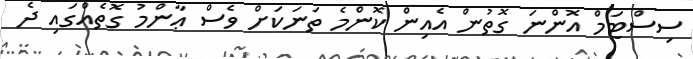
ސިސްޓަމް އޮންނަ ގޮތުން އެއިން ކޮންމެ ތަނަކަށް ވެސް ޢާންމު ގޮތެއްގައި ދެ